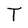
Character: T